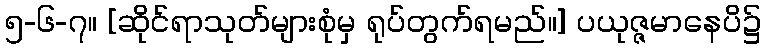
၅-၆-၇။ [ဆိုင်ရာသုတ်များစုံမှ ရုပ်တွက်ရမည်။] ပယုဇ္ဇမာနေပိ၌